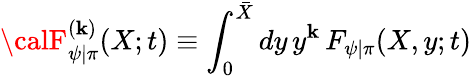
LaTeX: {\calF}_{\psi|\pi}^{(\mathbf{k})}(X;t)\equiv\int_{0}^{\bar{{X}}}dy\, y^{\mathbf{k}}\, F_{\psi|\pi}(X,y;t)